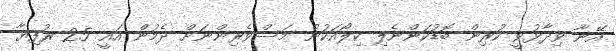
އޭނާ ވިދާޅުވީ ކުރިން ބޮޑުކަންނެލި ކިލޯއަކުން މަސްވެރިންނަށް ދެމުން އައީ 25 ރުފިޔާ